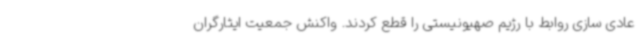
عادی سازی روابط با رژیم صهیونیستی را قطع کردند. واکنش جمعیت ایثارگران